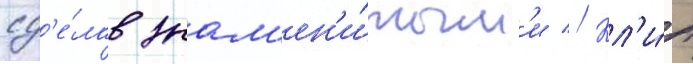
сд'е́лав знам'ен'и́тым'и // Кл'и́п